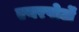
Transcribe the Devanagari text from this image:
एयरपोर्टों